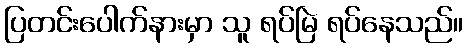
ပြတင်းပေါက်နားမှာ သူ ရပ်မြဲ ရပ်နေသည်။